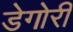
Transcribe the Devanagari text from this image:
डेगोरी